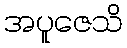
အပူဇေသိ